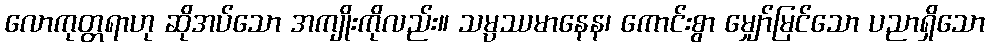
လောကုတ္တရာဟု ဆိုအပ်သော အကျိုးကိုလည်း။ သမ္ပဿမာနေန၊ ကောင်းစွာ မျှော်မြင်သော ပညာရှိသော